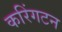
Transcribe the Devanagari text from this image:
करिंगटन